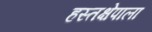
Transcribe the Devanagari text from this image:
हस्तक्षेपाला